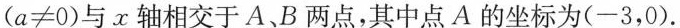
($$a\neq 0$$)与x轴相交于A、B两点，其中点A的坐标为(-3，0).